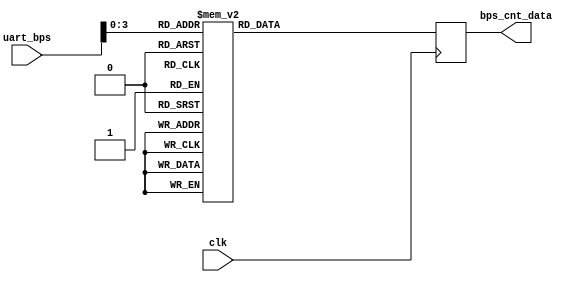

	module uart_manage#(
	parameter SUB_UART_ADDR = 0
	)(
	input clk, //clk == 27M 
	input [7:0] uart_bps,

	
	output [15:0] bps_cnt_data
	);
	
	//==========================================================================
	//band rate set,
	//mind:27M
	//==========================================================================   
	reg [15:0] bps_cnt_data_r = 0;  
	always @( posedge clk )
	begin
		//	if( ) begin
					case( uart_bps[3:0] )//clk == 27M
					4'b0000:bps_cnt_data_r <=  45000	;				//(bps = 600    )( clk=27M )  27000000/600 =  45000
					4'b0001:bps_cnt_data_r <=  22500 ;       //(bps = 1200 	)( clk=27M )	 27000000/1200
					4'b0010:bps_cnt_data_r <=  15000;        //(bps = 1800 	)( clk=27M )
					4'b0011:bps_cnt_data_r <=  11250;        //(bps = 2400 	)( clk=27M )
					4'b0100:bps_cnt_data_r <=  7500;         //(bps = 3600  	)( clk=27M )
					4'b0101:bps_cnt_data_r <=  5625;         //(bps = 4800  	)( clk=27M )
					4'b0110:bps_cnt_data_r <=  3750;         //(bps = 7200  	)( clk=27M )
					4'b0111:bps_cnt_data_r <=  2812;         //(bps = 9600  	)( clk=27M )
					4'b1000:bps_cnt_data_r <=  1406;         //(bps = 19200 	)( clk=27M )
					4'b1001:bps_cnt_data_r <=  703;          //(bps = 38400  )( clk=27M )
					4'b1010:bps_cnt_data_r <=  1875;         //(bps = 14400  )( clk=27M )
					4'b1011:bps_cnt_data_r <=  937;          //(bps = 28800  )( clk=27M )
					4'b1100:bps_cnt_data_r <=  469;          //(bps = 57600  )( clk=27M )
					4'b1101:bps_cnt_data_r <=  352 ;         //(bps = 76800  )( clk=27M )
					4'b1110:bps_cnt_data_r <=  234;          //(bps = 115200 )( clk=27M )
					4'b1111:bps_cnt_data_r <=  117;          //(bps = 230400 )( clk=27M )
					default:;
					endcase
		//	end
	end      
	assign bps_cnt_data = bps_cnt_data_r;
	endmodule